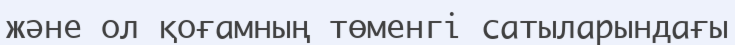
және ол қоғамның төменгі сатыларындағы